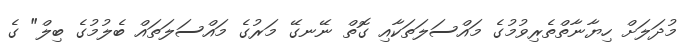
މުދަލަށް ހިޔާނާތްތެރިވުމުގެ މައްސަލަތަކާއި ގޮތް ނޭނގޭ މަރުގެ މައްސަލަތައް ބެލުމުގެ ބިލް" ގެ